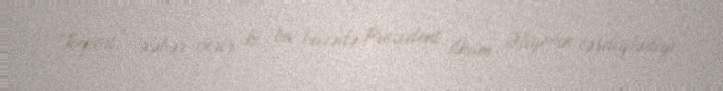
“Report” xəbər verir ki, bu barədə Prezident İlham Əliyevin təsdiqlədiyi